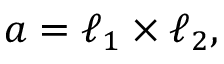
\boldsymbol { a } = \boldsymbol { \ell } _ { 1 } \times \boldsymbol { \ell } _ { 2 } ,